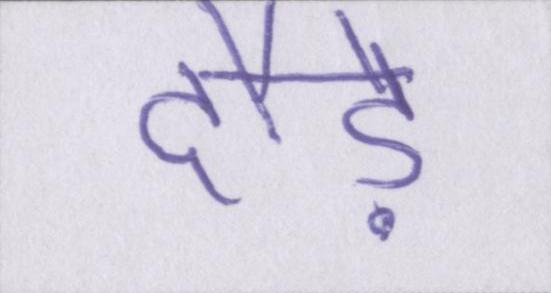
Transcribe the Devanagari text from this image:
दौड़े